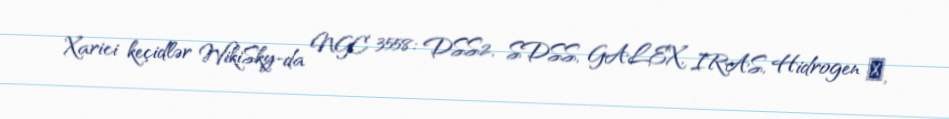
Xarici keçidlər WikiSky-da NGC 3558: DSS2, SDSS, GALEX, IRAS, Hidrogen α,